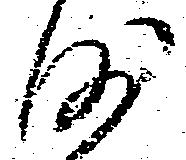
沙